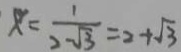
x = \frac { 1 } { 2 - \sqrt { 3 } } = 2 + \sqrt { 3 }